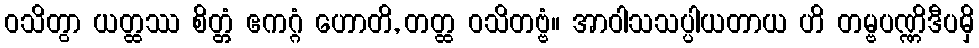
ဝသိတွာ ယတ္ထဿ စိတ္တံ ဧကဂ္ဂံ ဟောတိ, တတ္ထ ဝသိတဗ္ဗံ။ အာဝါသသပ္ပါယတာယ ဟိ တမ္ဗပဏ္ဏိဒီပမှိ